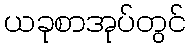
ယခုစာအုပ်တွင်